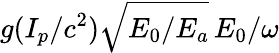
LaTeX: g(I_{p}/c^{2})\sqrt{E_{0}/E_{a}}\, E_{0}/\omega